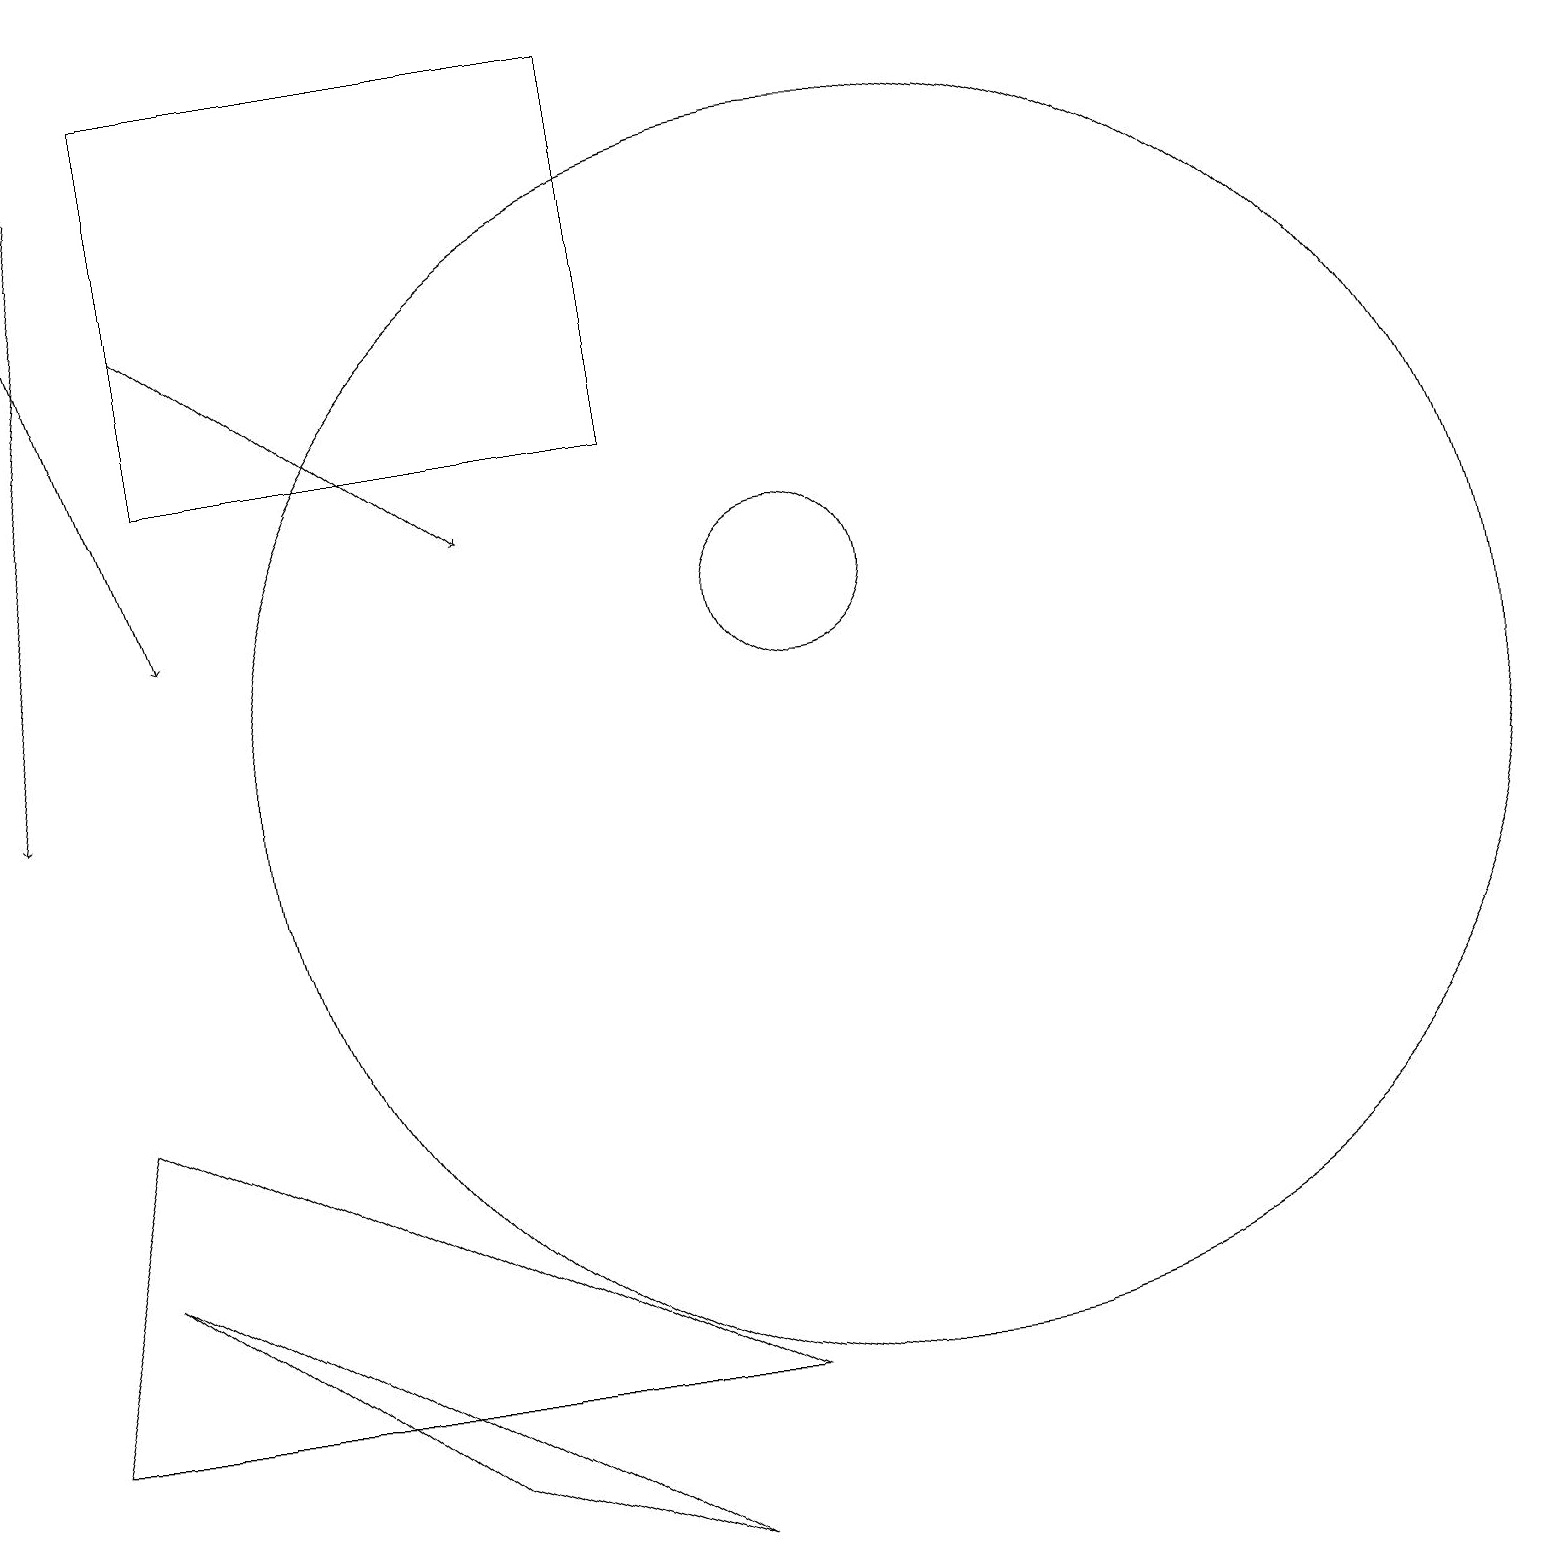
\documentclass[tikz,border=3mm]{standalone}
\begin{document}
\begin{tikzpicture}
\draw[->] (1,18) -- (0,10);
\draw (0,2) -- (9,2) -- (1,6) -- cycle;
\draw (8,0) -- (5,1) -- (1,4) -- cycle;
\draw (10,12) circle (1);
\draw[->] (0,18) -- (2,12);
\draw[->] (2,16) -- (6,13);
\draw (8,14) rectangle (2,19);
\draw (11,10) circle (8);
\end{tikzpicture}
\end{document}